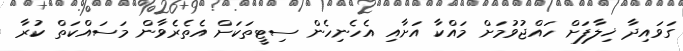
ގަވައިދާ ޚިލާފަށް ހައްޖުވުމަށް މައްކާ އަށާއި އެހެނިހެން ސިޓީތަކަށް އެތެރެވާން މަސައްކަތް ކުރާ